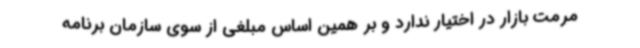
مرمت بازار در اختیار ندارد و بر همین اساس مبلغی از سوی سازمان برنامه